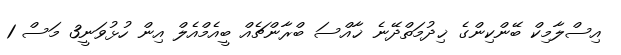
އިސްލާމިކް ބޭންކިންގެ ޚިދުމަތްދޭނެ ޚާއްސަ ބްރާންޗެއް ބީއެމްއެލް އިން ހުޅުވަނީ3 މަސް 1